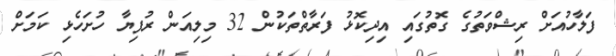
ފަލާހުއަށް ރިޝްވަތުގެ ގޮތުގައި އިދިކޮޅު ފަރާތްތަކުން 32 މިލިއަން ރުފިޔާ ހުށަހެޅި ކަމަށް